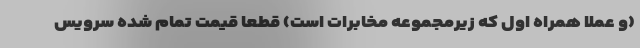
(و عملاً همراه اول که زیرمجموعه مخابرات است) قطعاً قیمت تمام شده سرویس